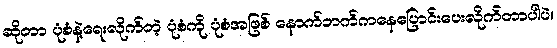
ဆိုတာ ပုံစံနဲ့ရေးလိုက်တဲ့ ပုံစံကို ပုံစံအဖြစ် နောက်ဘက်ကနေပြောင်းပေးလိုက်တာပါပဲ။